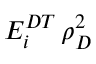
E _ { i } ^ { D T } \, \rho _ { D } ^ { 2 }